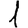
Digit: 1